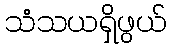
သံသယရှိဖွယ်